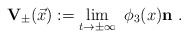
\begin{align*}{\mathbf{V}}_{\pm}(\vec{x}) := \lim_{t \to \pm \infty}\ \phi_3(x){\mathbf{n}} ~.\end{align*}